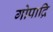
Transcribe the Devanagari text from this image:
गोपाद्रि